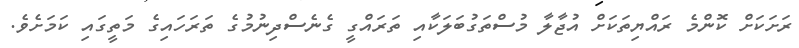
ރަށަކަށް ކޮންމެ ރައްޔިތަކަށް އުޖާލާ މުސްތަގުބަލަކާއި ތަރައްގީ ގެނެސްދިނުމުގެ ތަރަހައިގެ މަތީގައި ކަމަށެވެ.